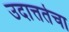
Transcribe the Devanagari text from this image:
उदात्ततेचा